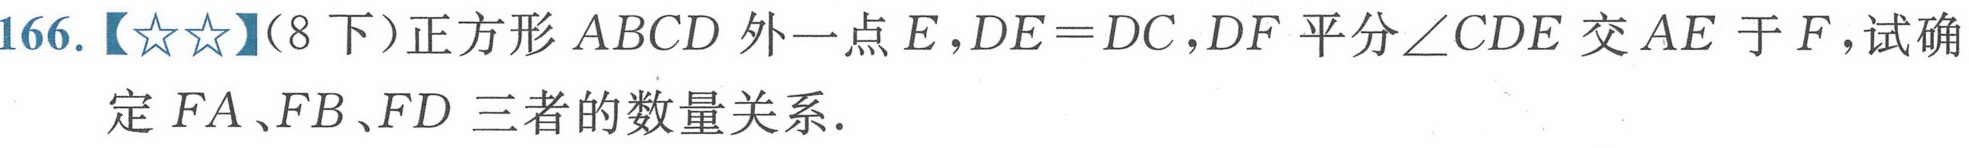
166.【★★】（8下）正方形\(ABCD\)外一点\(E\)，\(DE = DC\)，\(DF\)平分\(\angle CDE\)交\(AE\)于\(F\)，试确
定\(FA、FB、FD\)三者的数量关系.